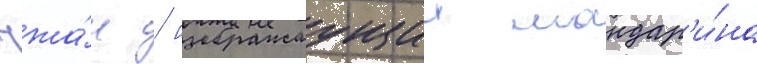
чжа́н / изображаущии мандар'и́на